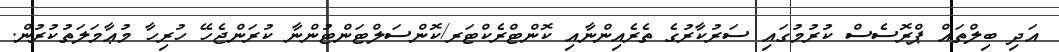
އަދި ބިލްތައް ޕްރޮސެސް ކުރުމުގައި ސަރުކާރުގެ ތެރެއިންނާއި ކޮންޓްރެކްޓަރ/ކޮންސަލްޓަންޓުންނާ ކުރަންޖެހޭ ހުރިހާ މުޢާމަލަތުކުރުން.